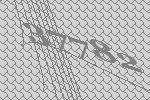
37782